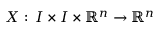
X : \, I \times I \times \mathbb { R } ^ { n } \to \mathbb { R } ^ { n }